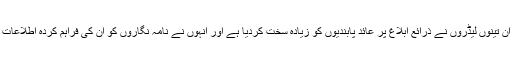
رپورٹ میں کہا گیا ہے کہ ان تینوں لیڈروں نے ذرائع ابلاغ پر عائد پابندیوں کو زیادہ سخت کردیا ہے اور انہوں نے نامہ نگاروں کو اُن کی فراہم کردہ اطلاعات کی بنا پر جیل میں ڈالا ہے۔